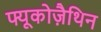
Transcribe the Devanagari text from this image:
फ्यूकोज़ैथिन